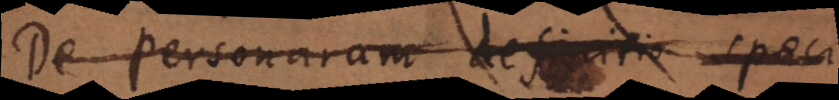
De personarum definitio speci